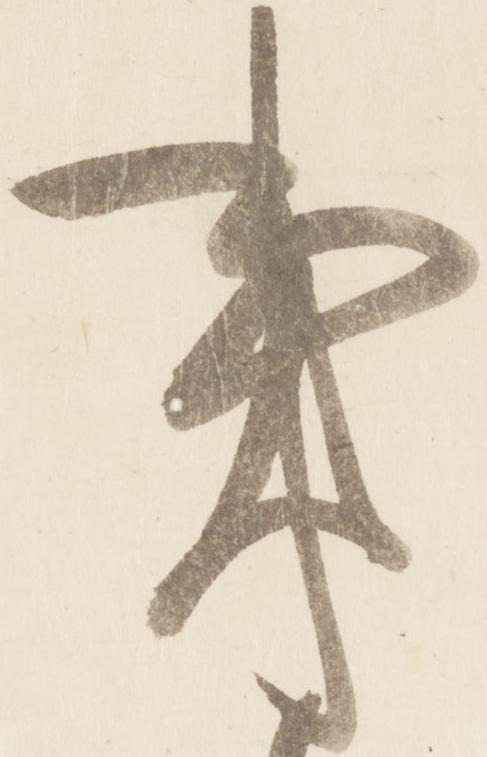
事